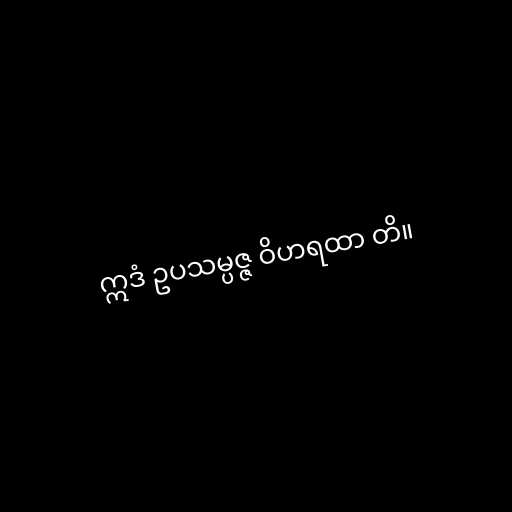
ဣဒံ ဥပသမ္ပဇ္ဇ ဝိဟရထာ တိ။